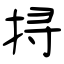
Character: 挦